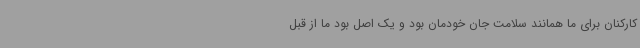
کارکنان برای ما همانند سلامت جان خودمان بود و یک اصل بود ما از قبل